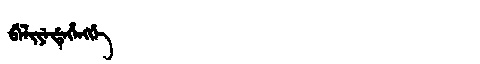
Manchu: ᠪᡝᠯᡳᠶᡝᡩᡝᡥᡝᠩᡤᡝ
Romanization: BELIYEDEHENGGE